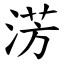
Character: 淓